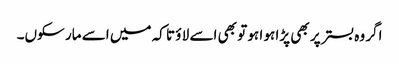
اگر وہ بستر پر بھی پڑا ہو ا ہو تو بھی اسے لا ؤ تا کہ میں اسے مار سکوں۔